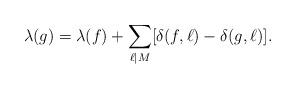
LaTeX: \begin{align*}\lambda(g) =\lambda(f) + \sum_{\ell \mid M}[\delta(f,\ell)-\delta(g,\ell)].\end{align*}